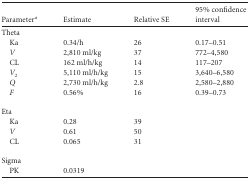
<table><thead><tr><td><b>Parameter<sup><i>a</i></sup></b></td><td><b>Estimate</b></td><td><b>Relative SE</b></td><td><b>95% confidence interval</b></td></tr></thead><tbody><tr><td>Theta</td><td></td><td></td><td></td></tr><tr><td>Ka</td><td>0.34/h</td><td>26</td><td>0.17–0.51</td></tr><tr><td><i>V</i></td><td>2,810 ml/kg</td><td>37</td><td>772–4,580</td></tr><tr><td>CL</td><td>162 ml/h/kg</td><td>14</td><td>117–207</td></tr><tr><td><i>V</i><sub>2</sub></td><td>5,110 ml/h/kg</td><td>15</td><td>3,640–6,580</td></tr><tr><td><i>Q</i></td><td>2,730 ml/h/kg</td><td>2.8</td><td>2,580–2,880</td></tr><tr><td><i>F</i></td><td>0.56%</td><td>16</td><td>0.39–0.73</td></tr><tr><td>Eta</td><td></td><td></td><td></td></tr><tr><td>Ka</td><td>0.28</td><td>39</td><td></td></tr><tr><td><i>V</i></td><td>0.61</td><td>50</td><td></td></tr><tr><td>CL</td><td>0.065</td><td>31</td><td></td></tr><tr><td>Sigma</td><td></td><td></td><td></td></tr><tr><td>PK</td><td>0.0319</td><td></td><td></td></tr></tbody></table>